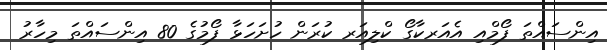
އިންސައްތަ ފޯމްއި އެއަރކާގޯ ކްލިއަރ ކުރަން ހުށަހަޅާ ފޯމުގެ 80 އިންސައްތަ މިހާރު